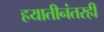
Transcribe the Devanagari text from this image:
हयातीनंतरही